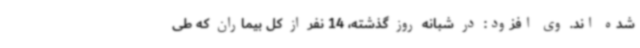
شده اند. وی افزود: در شبانه روز گذشته، 14 نفر از کل بیماران که طی